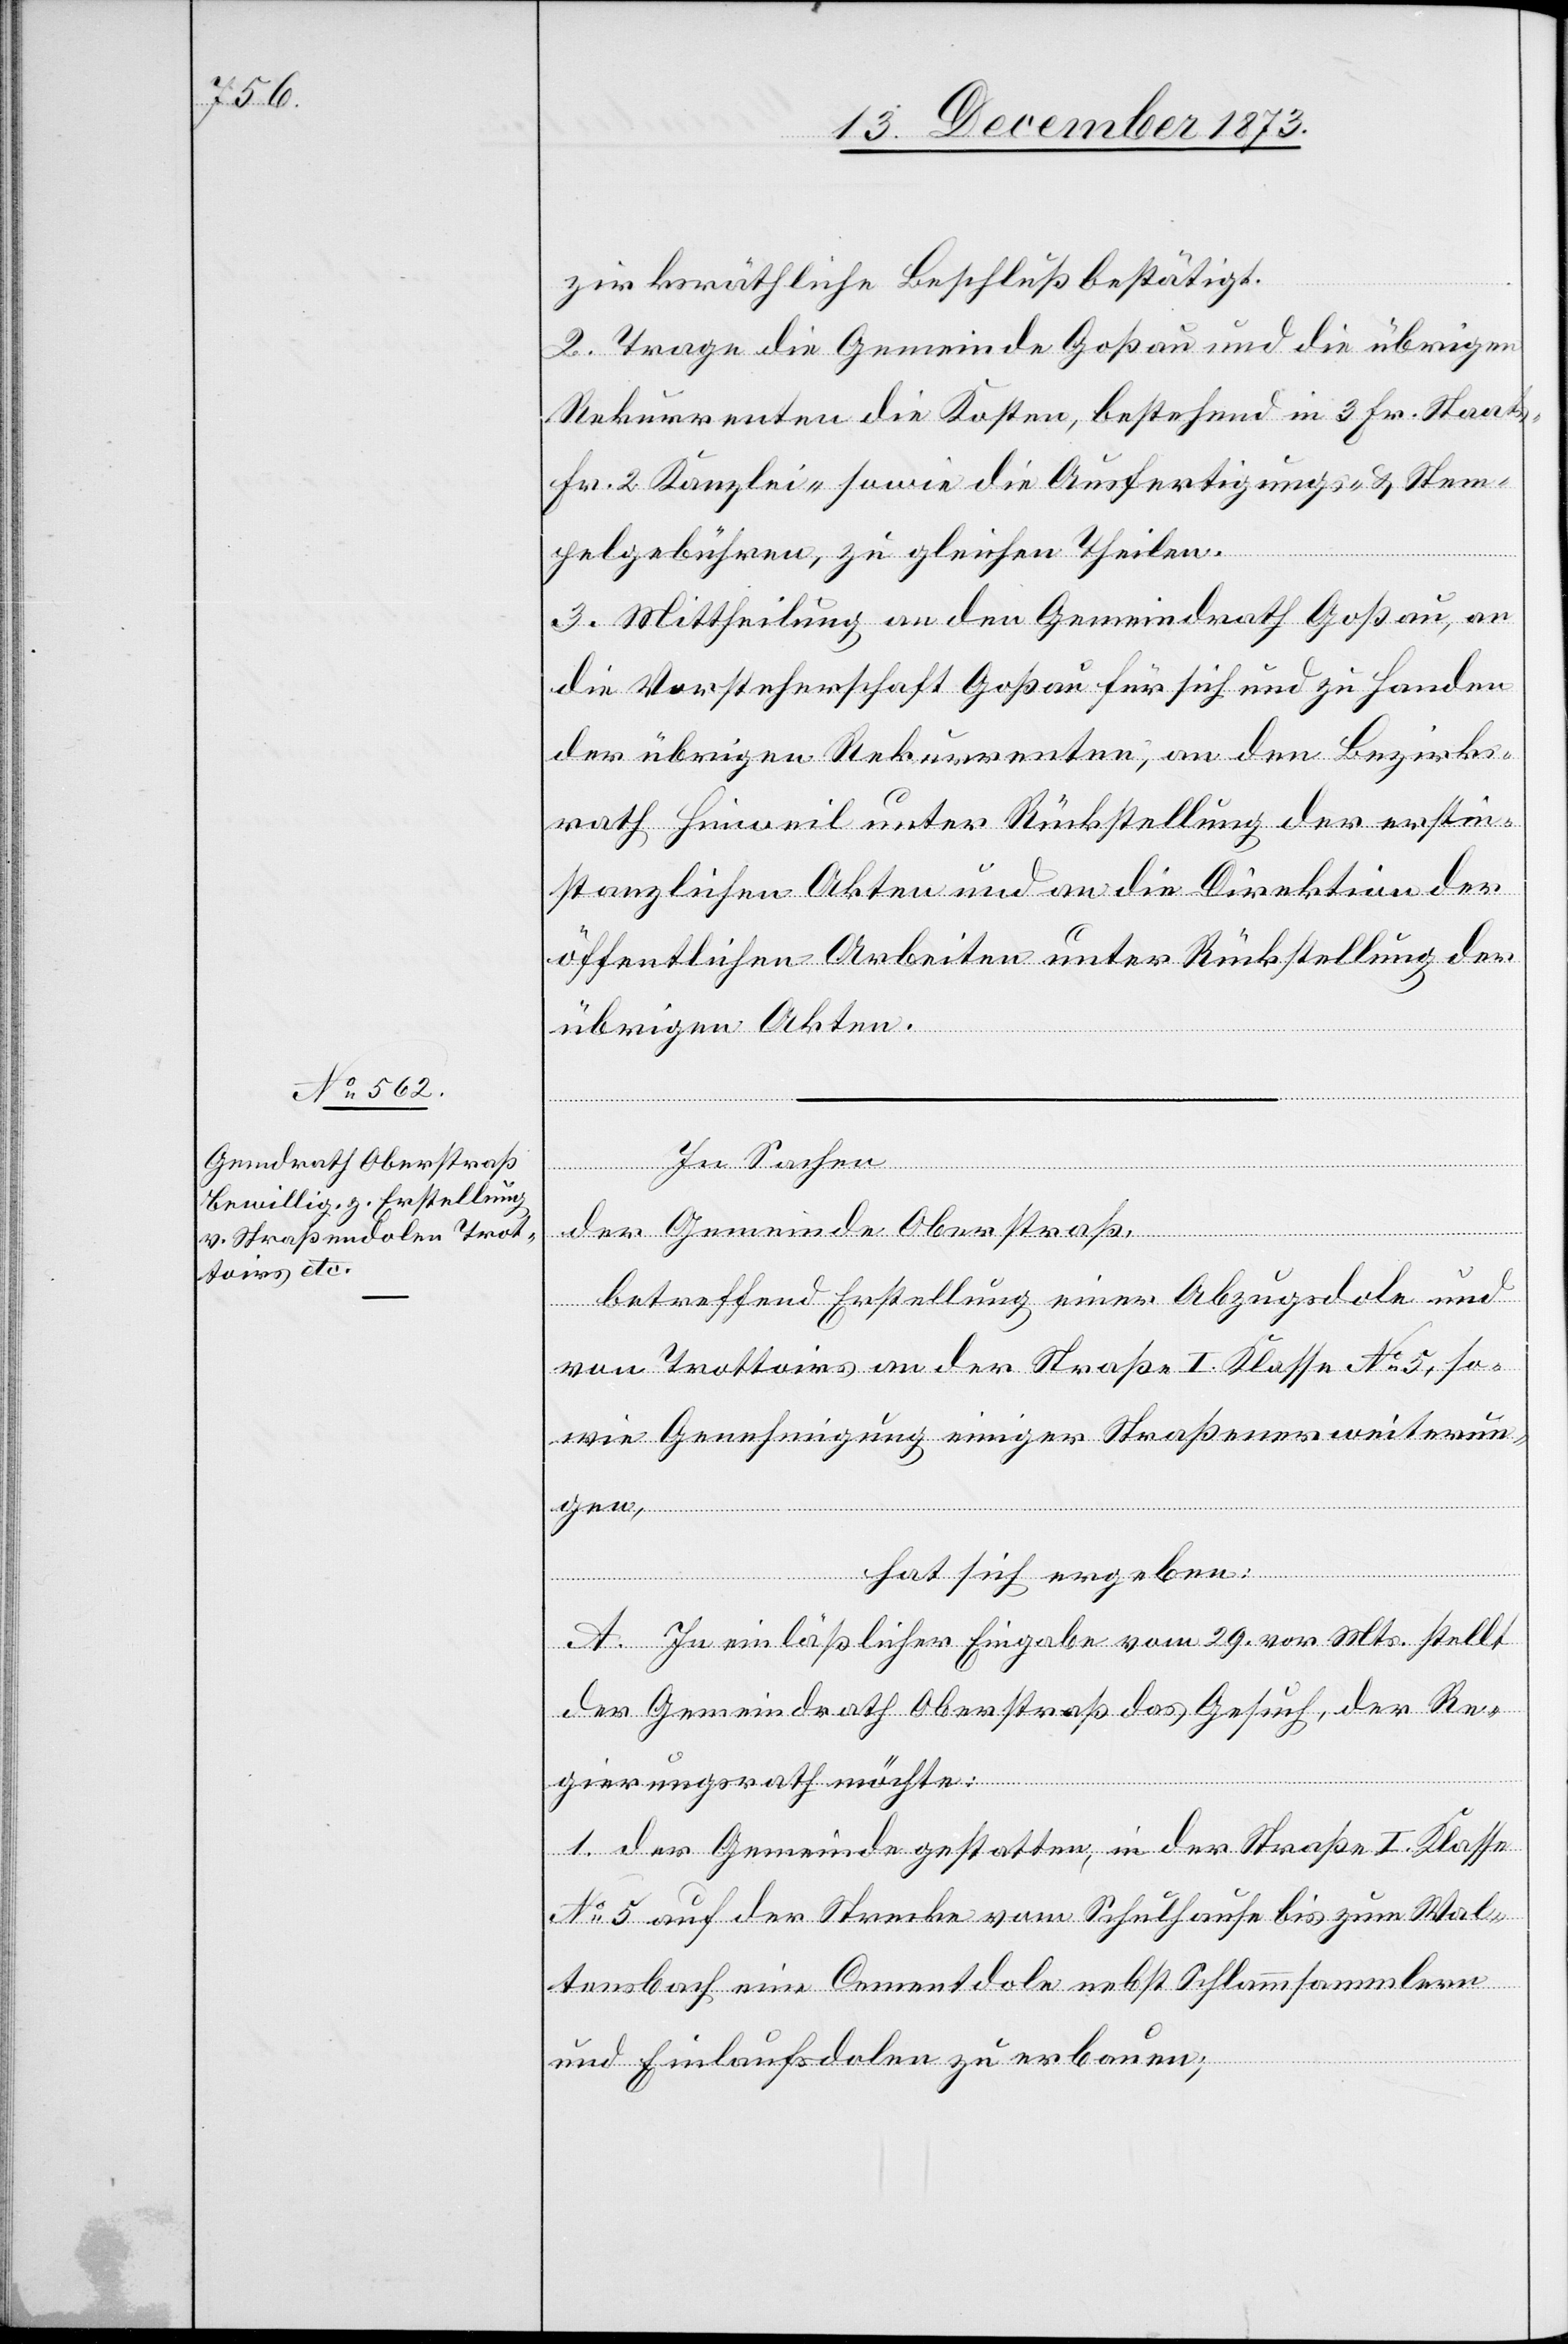
zirksräthliche Beschluß bestätigt.
2. Trage die Gemeinde Goßau und die übrigen
Rekurrenten die Kosten, bestehend in 3 Fr. Staats-
Fr. 2 Kanzlei- sowie die Ausfertigungs- & Stem¬
pelgebühren, zu gleichen Theilen.
3. Mittheilung an den Gemeindrath Goßau, an
die Vorsteherschaft Goßau für sich und zu Handen
der übrigen Rekurrenten, an den Bezirks¬
rath Hinweil unter Rückstellung der erstin¬
stanzlichen Akten und an die Direktion der
öffentlichen Arbeiten unter Rückstellung der
übrigen Akten.
der Gemeinde Oberstraß,
betreffend Erstellung einer Abzugsdole und
von Trottoirs an der Straße I. Klasse No 5, so¬
wie Genehmigung einiger Straßenerweiterun¬
gen,
hat sich ergeben:
A. In einläßlicher Eingabe vom 29. vor. Mts. stellt
der Gemeindrath Oberstraß das Gesuch, der Re¬
gierungsrath möchte:
1. der Gemeinde gestatten, in der Straße I. Klasse
No 5 auf der Strecke vom Schulhause bis zum Wal¬
tensbach eine Cementdole nebst Schlammsammlern
und Einlaufsdolen zu erbauen;